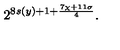
2 ^ { 8 s ( y ) + 1 + \frac { 7 \chi + 1 1 \sigma } { 4 } } .